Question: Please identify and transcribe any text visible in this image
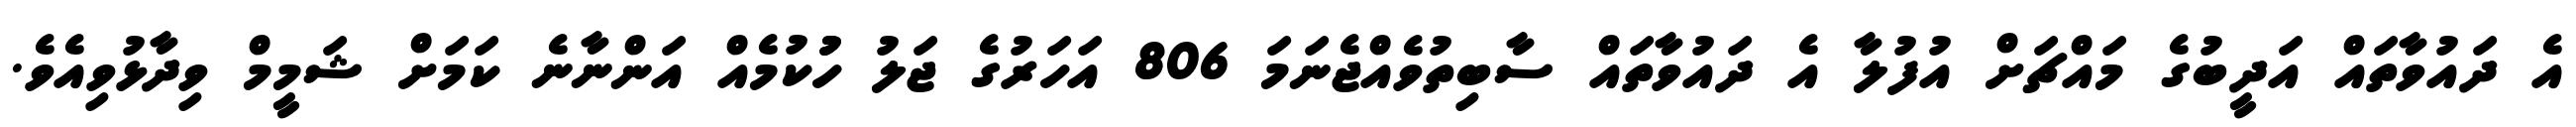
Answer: އެ ދައުވާތައް އަދީބުގެ މައްޗަށް އުފުލާ އެ ދައުވާތައް ސާބިތުވެއްޖެނަމަ 806 އަހަރުގެ ޖަލު ހުުކުމެއް އަންނާނެ ކަމަށް ޝަމީމް ވިދާޅުވިއެވެ.